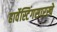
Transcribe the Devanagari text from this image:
हार्वेस्टिंगसारखे